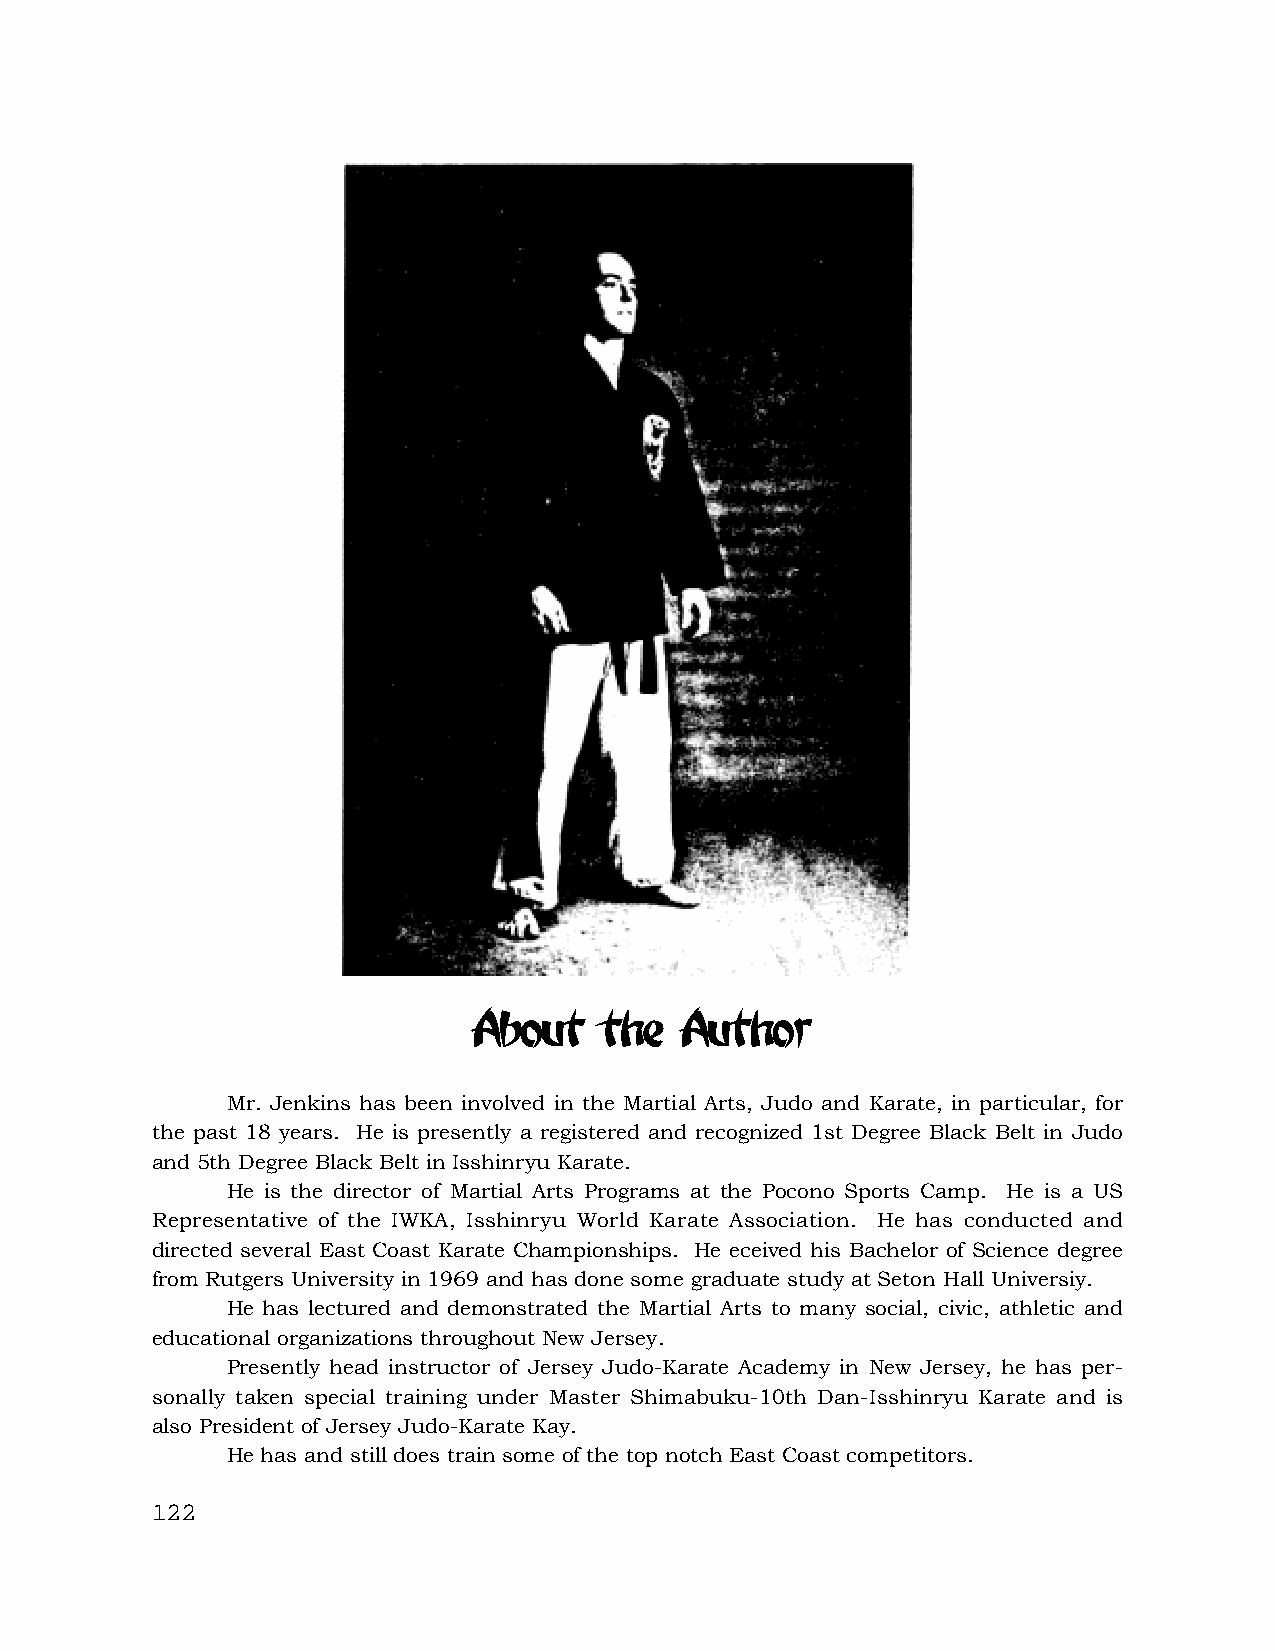
About    the  Author
 Mr. Jenkins has been involved in the Martial Arts, Judo and Karate, in particular, for
 the past 18 years. He is presently a registered and recognized 1st Degree Black Belt in Judo
 and 5th Degree Black Belt in Isshinryu Karate.
 He is the director of Martial Arts Programs at the Pocono Sports Camp. He is a US
 Representative of the IWKA, Isshinryu World Karate Association. He has conducted and
 directed several East Coast Karate Championships. He eceived his Bachelor of Science degree
 from Rutgers University in 1969 and has done some graduate study at Seton Hall Universiy.
 He has lectured and demonstrated the Martial Arts to many social, civic, athletic and
 educational organizations throughout New Jersey.
 Presently head instructor of Jersey Judo-Karate Academy in New Jersey, he has per-
 sonally taken special training under Master Shimabuku-10th Dan-Isshinryu Karate and is
 also President of Jersey Judo-Karate Kay.
 He has and still does train some of the top notch East Coast competitors.
 122